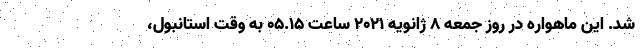
شد. این ماهواره در روز جمعه 8 ژانویه 2021 ساعت 05.15 به وقت استانبول،